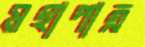
মহাপাত্র